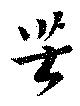
苦